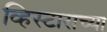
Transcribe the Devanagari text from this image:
व्हिस्टाराच्या